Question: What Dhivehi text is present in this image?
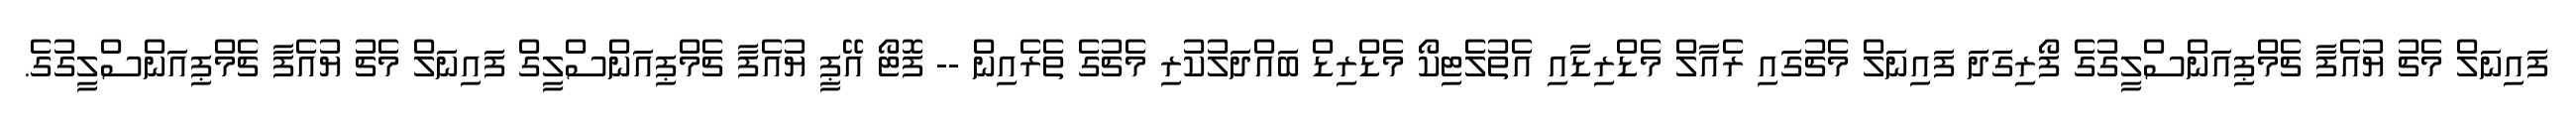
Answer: ފައިނަލް މެޗު ޔުއެފާ ޗެމްޕިއަންސްލީގުގެ ފޯރިގަދަ ފައިނަލް މެޗުގައި ރެއާލް މެޑްރިޑާއި އެތުލެޓިކޯ މެޑްރިޑް ބައްދަލުކުރި މެޗުގެ ތެރެއިން -- ފޮޓޯ އޭޕީ ޔުއެފާ ޗެމްޕިއަންސްލީގް ފައިނަލް މެޗު ޔުއެފާ ޗެމްޕިއަންސްލީގުގެ.